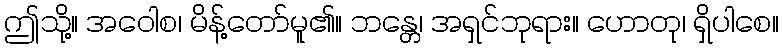
ဤသို့။ အဝေါစ၊ မိန့်တော်မူ၏။ ဘန္တေ၊ အရှင်ဘုရား။ ဟောတု၊ ရှိပါစေ။